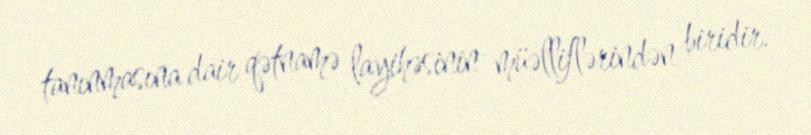
tanınmasına dair qətnamə layihəsinin müəlliflərindən biridir.